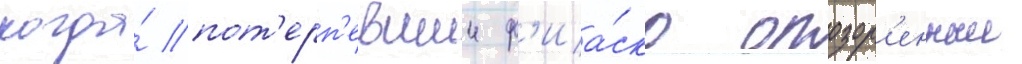
когда́ пот'ерп'евшии ф'иа́ско опозор'енныи